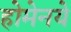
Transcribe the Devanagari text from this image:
होमेनये